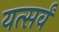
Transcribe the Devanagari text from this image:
यत्सर्वं